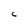
Character: C